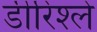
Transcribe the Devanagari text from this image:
डीरिश्ले